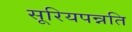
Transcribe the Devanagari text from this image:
सूरियपन्नति